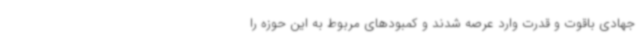
جهادی باقوت و قدرت وارد عرصه شدند و کمبودهای مربوط به این حوزه را